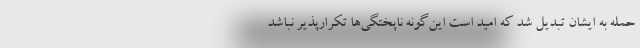
حمله به ایشان تبدیل شد که امید است این‌گونه ناپختگی‌ها تکرارپذیر نباشد